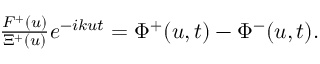
\begin{array} { r } { \frac { F ^ { + } ( u ) } { \Xi ^ { + } ( u ) } e ^ { - i k u t } = \Phi ^ { + } ( u , t ) - \Phi ^ { - } ( u , t ) . } \end{array}